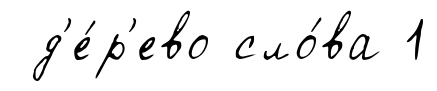
д'е́р'ево сло́ва 1